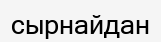
сырнайдан